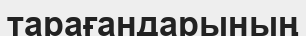
тарағандарының